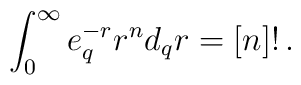
\int_{0}^{\infty}e_q^{-r}r^{n}d_qr=[n]! \, .